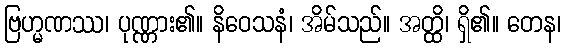
ဗြဟ္မဏဿ၊ ပုဏ္ဏား၏။ နိဝေသနံ၊ အိမ်သည်။ အတ္ထိ၊ ရှိ၏။ တေန၊